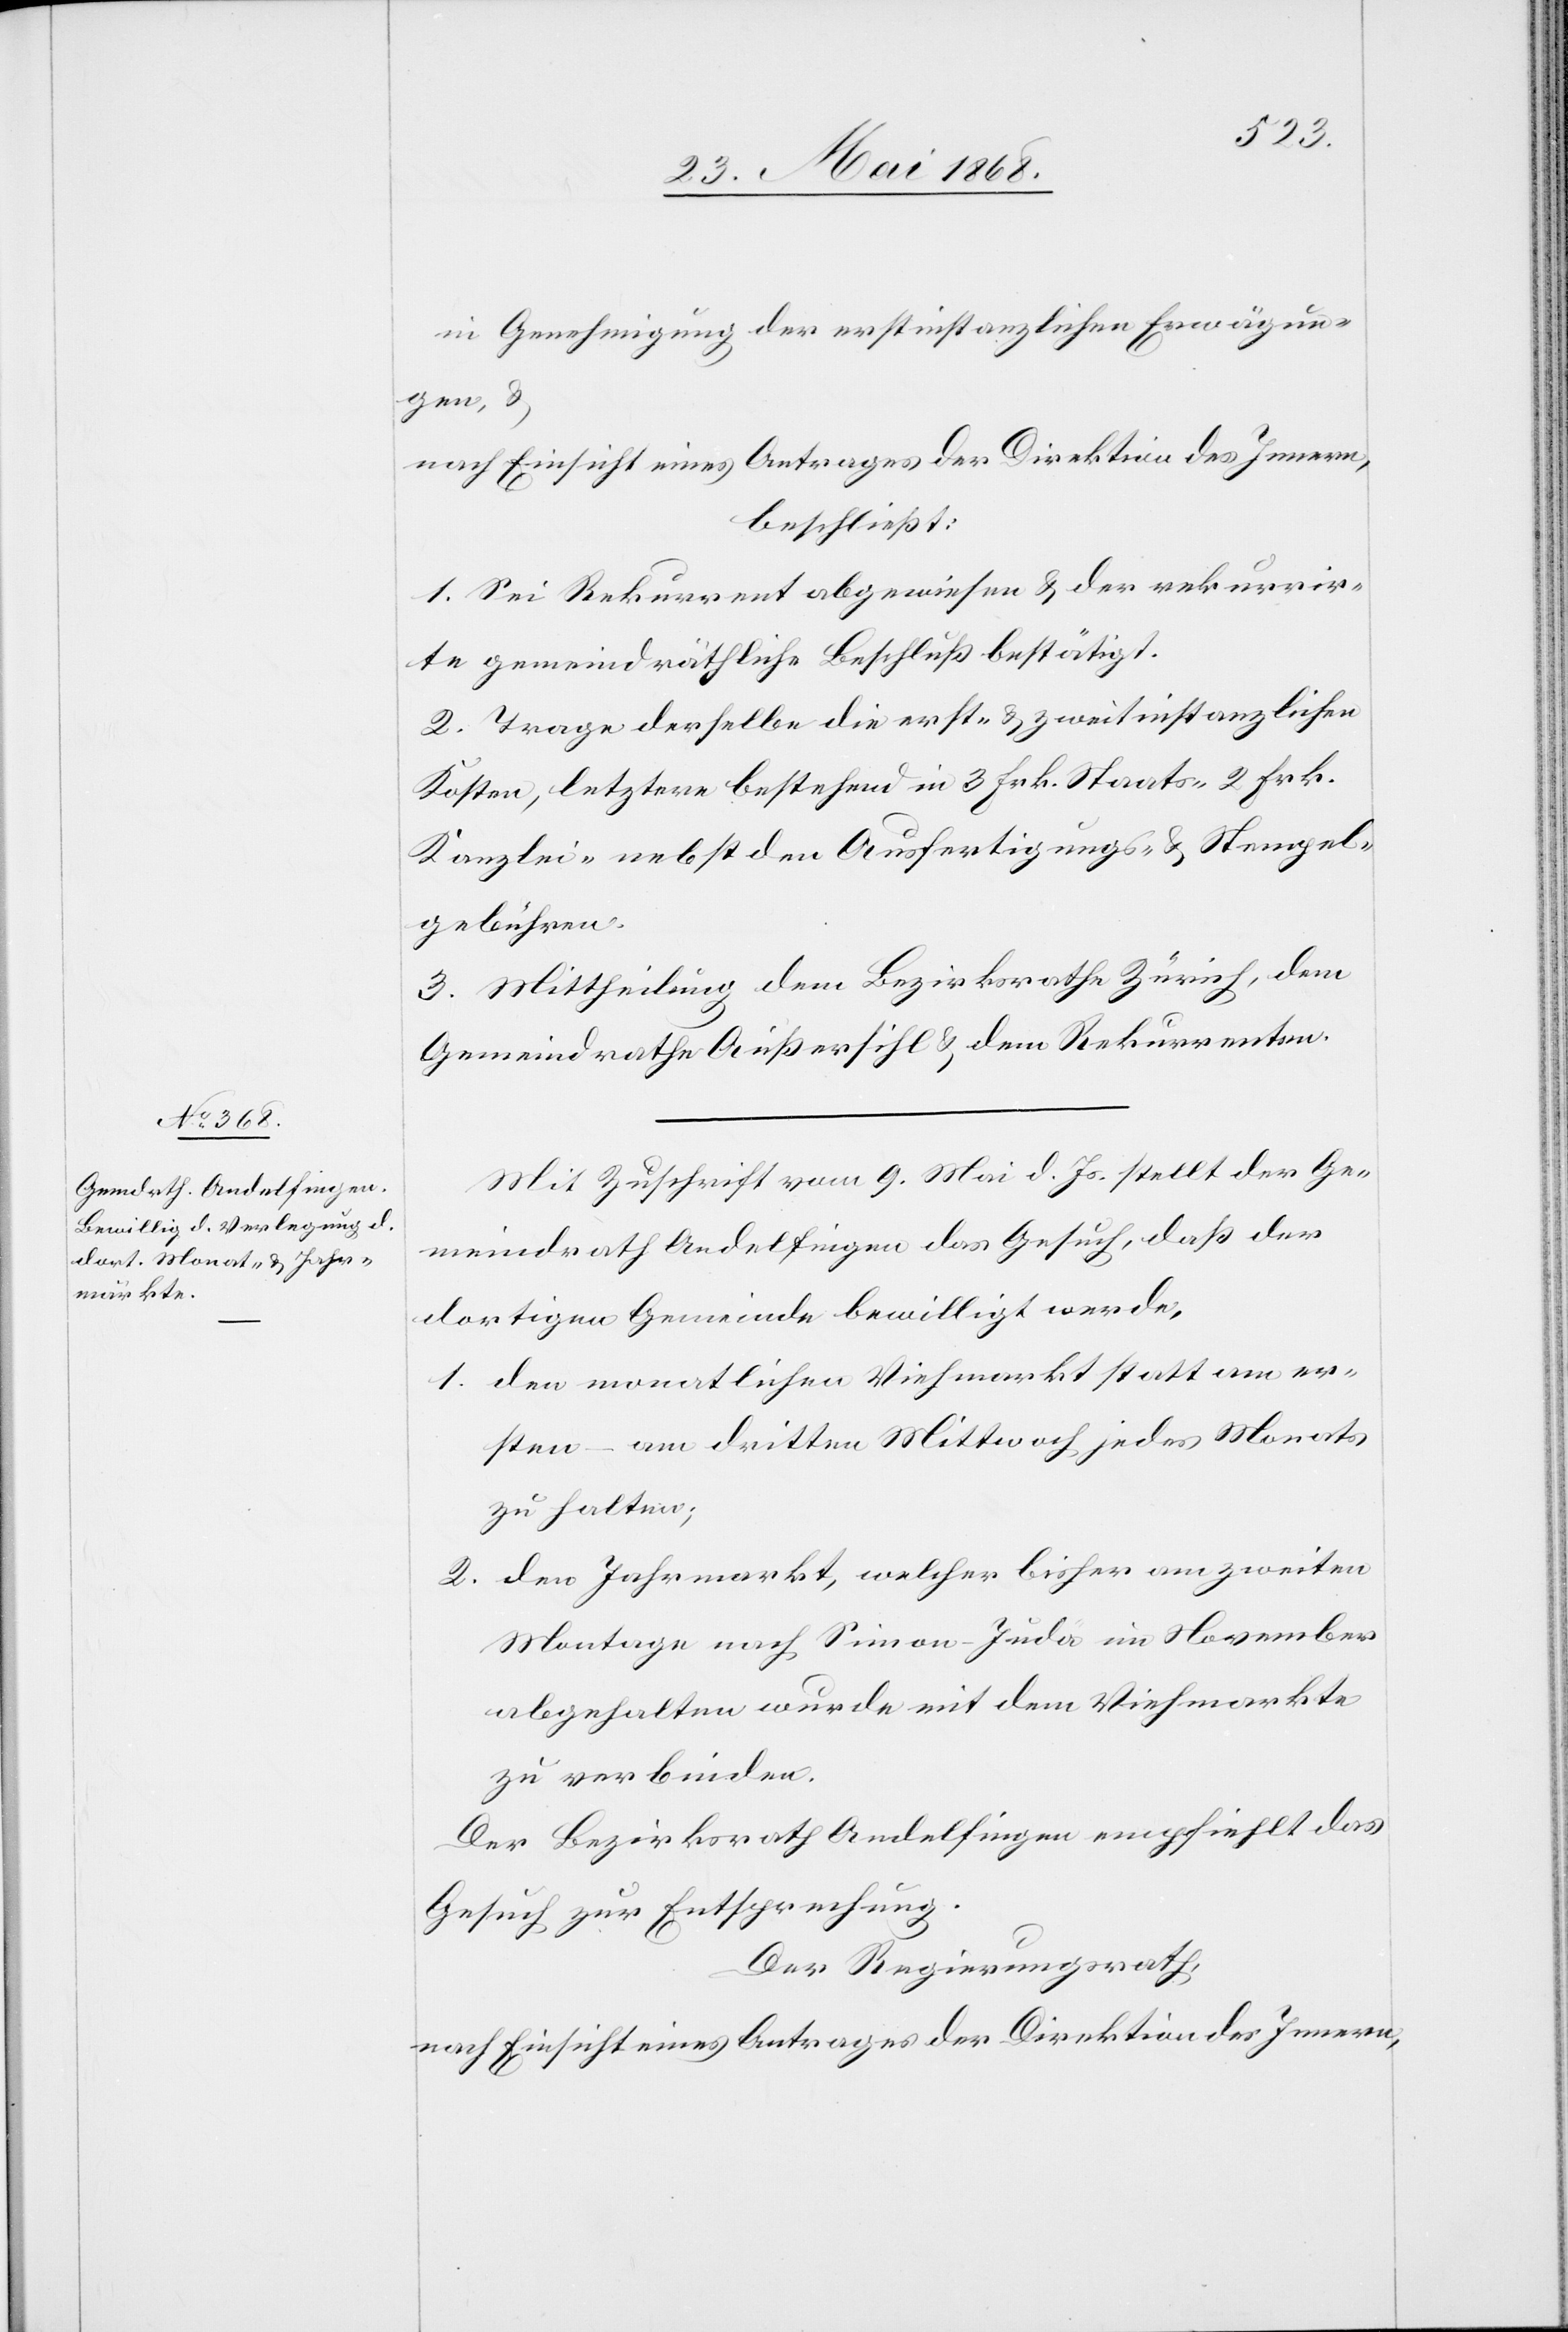
in Genehmigung der erstinstanzlichen Erwägun¬
gen, &
nach Einsicht eines Antrages der Direktion des Innern,
beschließt:
1. Sei Rekurrent abgewiesen & der rekurrir¬
te gemeindräthliche Beschluß bestätigt.
2. Trage derselbe die erst- & zweitinstanzlichen
Kosten, letztere bestehend in 3 Frk. Staats-, 2 Frk.
Kanzlei-[,] nebst den Ausfertigungs- & Stempel¬
gebühren.
3. Mittheilung dem Bezirksrathe Zürich, dem
Gemeindrathe Außersihl & dem Rekurrenten.
Mit Zuschrift vom 9. Mai d. Js. stellt der Ge¬
meindrath Andelfingen das Gesuch, daß der
dortigen Gemeinde bewilligt werde,
den monatlichen Viehmarkt statt am er¬
sten – am dritten Mittwoch jedes Monats
zu halten;
den Jahrmarkt, welcher bisher am zweiten
Montage nach Simon-Juda im November
abgehalten wurde mit dem Viehmarkte
zu verbinden.
Der Bezirksrath Andelfingen empfiehlt das
Gesuch zur Entsprechung.
Der Regierungsrath,
nach Einsicht eines Antrages der Direktion des Innern,